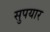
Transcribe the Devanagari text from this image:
सुपयार